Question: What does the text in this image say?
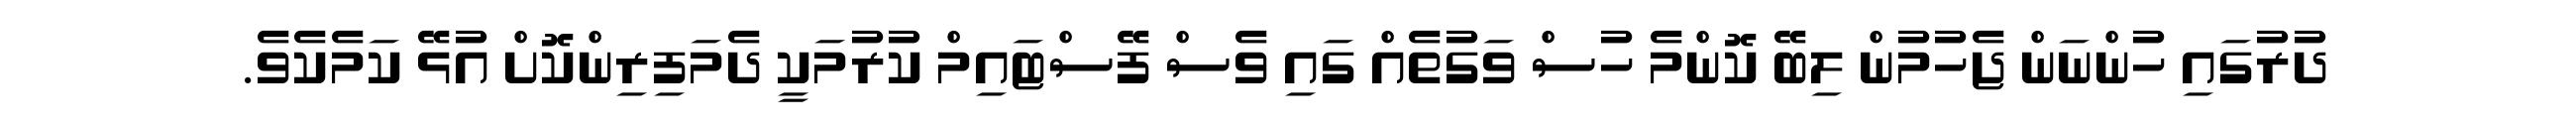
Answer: ދުރުގައި ހުންނަން ޖެހުމުން ލިބޭ ކޮންމެ ހުސް ވަގުތެއް ގައި ވެސް ފޭސްޓައިމް ކުރުމަކީ ދެމަފިރިންކޮށް އުޅޭ ކަމެކެވެ.